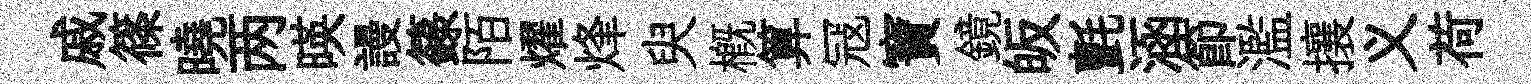
戚篠曉两暎謾籙陌燿烽臾概算冦寶鏡皈氈涵節濫攘义荷